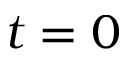
t = 0